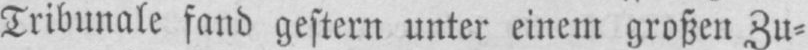
Tribunale fand gestern unter einem großen Zu⸗